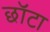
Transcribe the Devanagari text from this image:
छॉटा